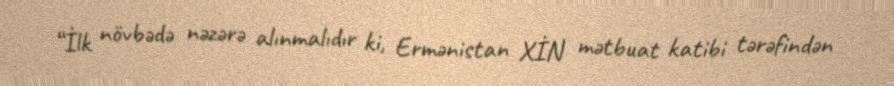
“İlk növbədə nəzərə alınmalıdır ki, Ermənistan XİN mətbuat katibi tərəfindən